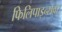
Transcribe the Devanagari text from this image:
फिलिपाइन्सवर